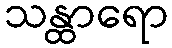
သန္ထာရော